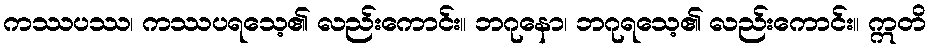
ကဿပဿ၊ ကဿပရသေ့၏ လည်းကောင်း။ ဘဂုနော၊ ဘဂုရသေ့၏ လည်းကောင်း။ ဣတိ